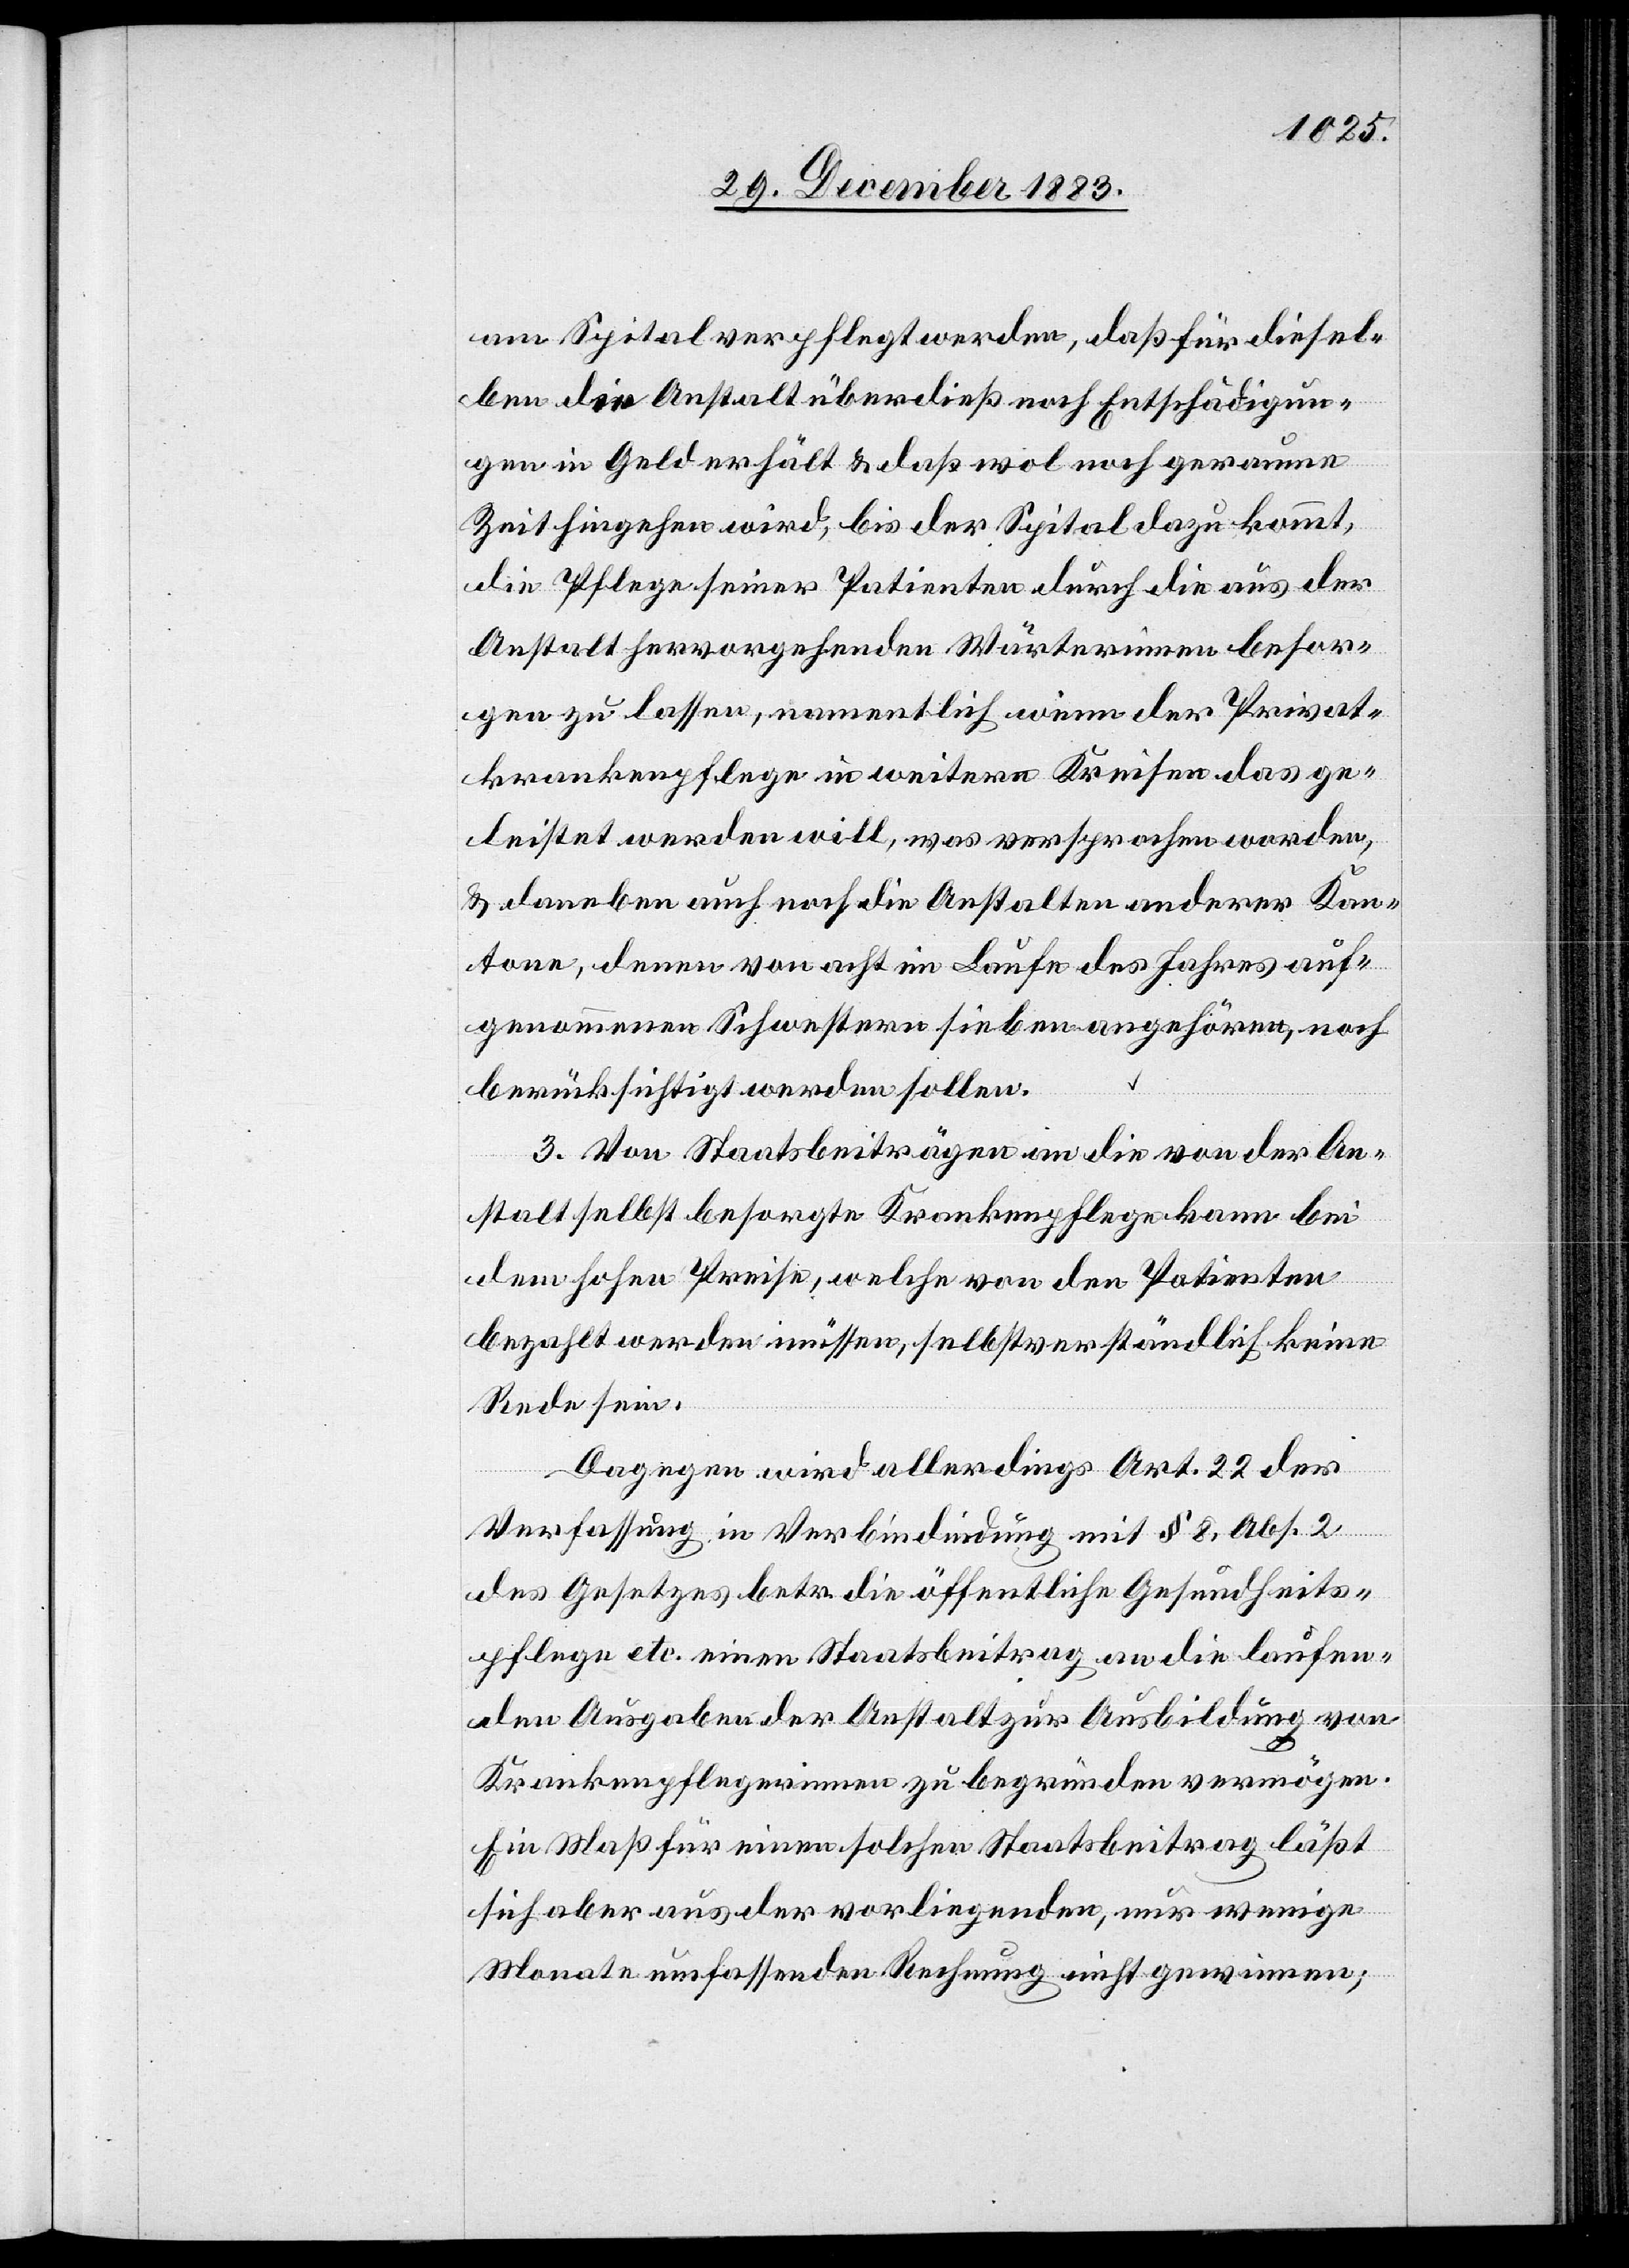
am Spital verpflegt werden, daß für diesel¬
ben die Anstalt überdieß noch Entschädigun¬
gen in Geld erhält & daß wol noch geraume
Zeit hingehen wird, bis der Spital dazu kommt,
die Pflege seiner Patienten durch die aus der
Anstalt hervorgehenden Wärterinnen besor¬
gen zu lassen, namentlich wenn der Privat¬
krankenpflege in weitern Kreisen das ge¬
leistet werden will, was versprochen worden,
& daneben auch noch die Anstalten anderer Kan¬
tone, denen von acht im Laufe des Jahres auf¬
genommenen Schwestern sieben angehören, noch
berücksichtigt werden sollen.
3. Von Staatsbeiträgen an die von der An¬
stalt selbst besorgte Krankenpflege kann bei
hohen Preise[n], welche von den Patienten
bezahlt werden müssen, selbstverständlich keine
Rede sein.
Dagegen wird allerdings Art. 22 der
Verfassung in Verbindung mit § 8, Abs. 2
des Gesetzes betr. die öffentliche Gesundheits¬
pflege etc. einen Staatseitrag an die laufen¬
den Ausgaben der Anstalt zur Ausbildung von
Krankenpflegerinnen zu begründen vermögen.
Ein Maß für einen solchen Staatsbeitrag läßt
sich aber aus der vorliegenden, nur wenige
Monate umfassenden Rechnung nicht gewinnen;